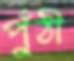
পুঁঠী